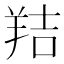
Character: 𦎁